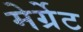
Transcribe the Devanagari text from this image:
मेर्ग्रेट